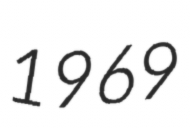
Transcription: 1969